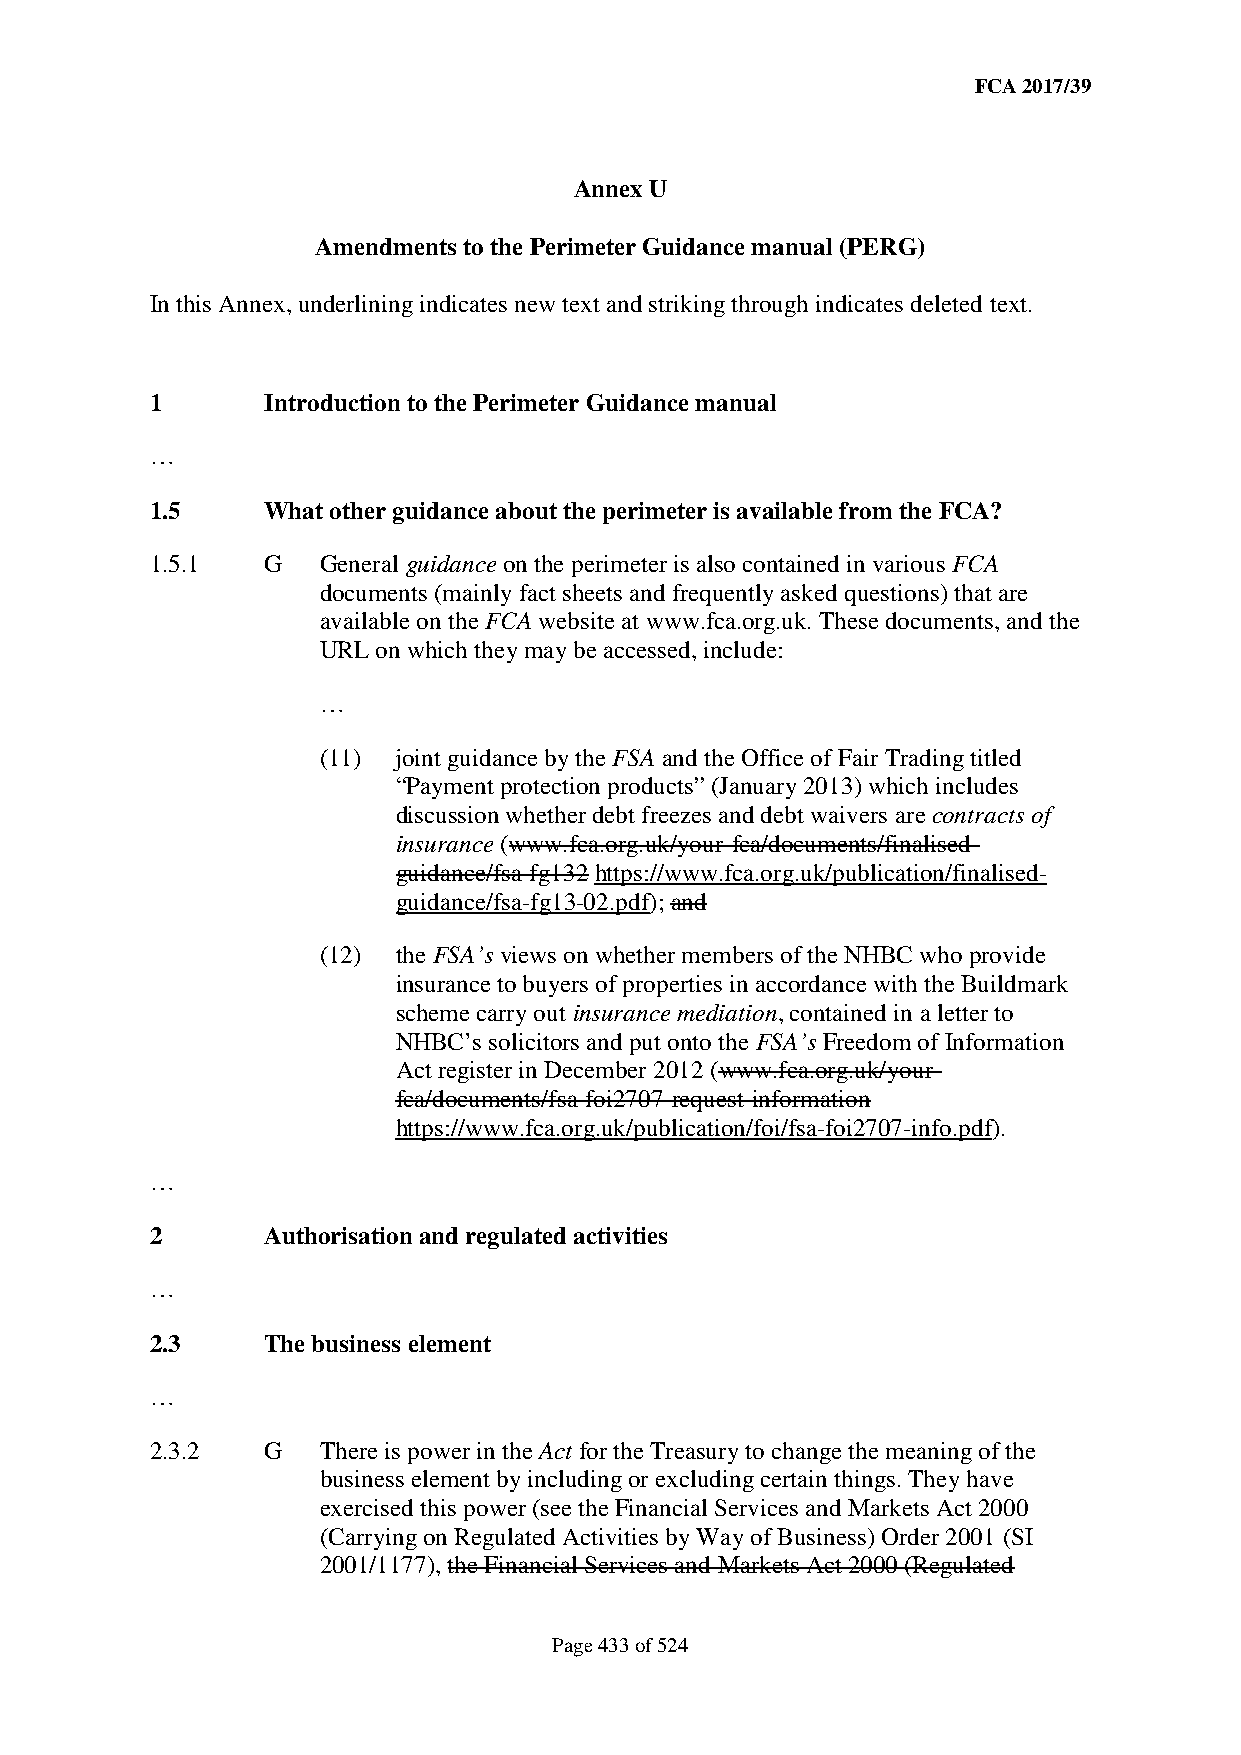
FCA 2017/39
 Annex U
 Amendments to the Perimeter Guidance manual (PERG)
 In this Annex, underlining indicates new text and striking through indicates deleted text.
 1      Introduction to the Perimeter Guidance manual
 …
 1.5    What other guidance about the perimeter is available from the FCA?
 1.5.1  G   General guidance on the perimeter is also contained in various FCA
 documents (mainly fact sheets and frequently asked questions) that are
 available on the FCA website at www.fca.org.uk. These documents, and the
 URL on which they may be accessed, include:
 …
 (11) joint guidance by the FSA and the Office of Fair Trading titled
 “Payment protection products” (January 2013) which includes
 discussion whether debt freezes and debt waivers are contracts of
 insurance (www.fca.org.uk/your-fca/documents/finalised-
 guidance/fsa-fg132 https://www.fca.org.uk/publication/finalised-
 guidance/fsa-fg13-02.pdf); and
 (12) the FSA’s views on whether members of the NHBC who provide
 insurance to buyers of properties in accordance with the Buildmark
 scheme carry out insurance mediation, contained in a letter to
 NHBC’s solicitors and put onto the FSA’s Freedom of Information
 Act register in December 2012 (www.fca.org.uk/your-
 fca/documents/fsa-foi2707-request-information
 https://www.fca.org.uk/publication/foi/fsa-foi2707-info.pdf).
 …
 2      Authorisation and regulated activities
 …
 2.3    The business element
 …
 2.3.2  G   There is power in the Act for the Treasury to change the meaning of the
 business element by including or excluding certain things. They have
 exercised this power (see the Financial Services and Markets Act 2000
 (Carrying on Regulated Activities by Way of Business) Order 2001 (SI
 2001/1177), the Financial Services and Markets Act 2000 (Regulated
 Page 433 of 524